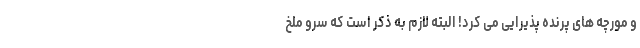
و مورچه های پرنده پذیرایی می کرد! البته لازم به ذکر است که سرو ملخ